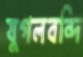
যুগলবন্দি